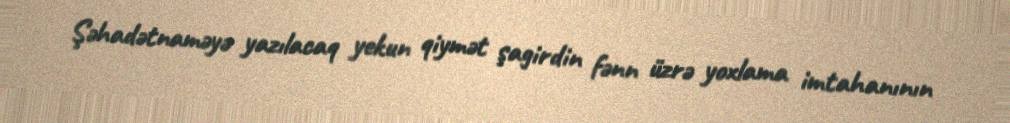
Şəhadətnaməyə yazılacaq yekun qiymət şagirdin fənn üzrə yoxlama imtahanının